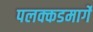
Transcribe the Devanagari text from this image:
पलक्कडमार्गे